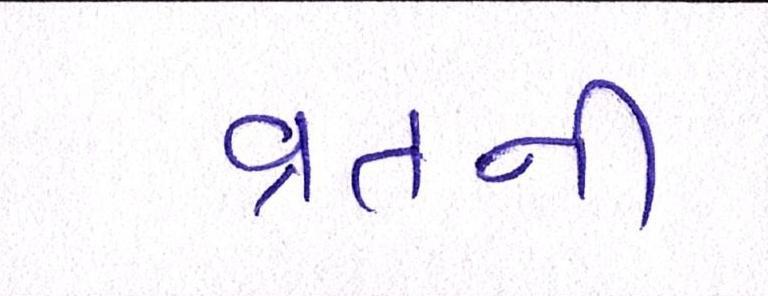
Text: વ્રતની